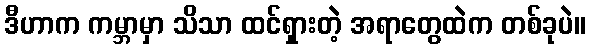
ဒီဟာက ကမ္ဘာမှာ သိသာ ထင်ရှားတဲ့ အရာတွေထဲက တစ်ခုပဲ။